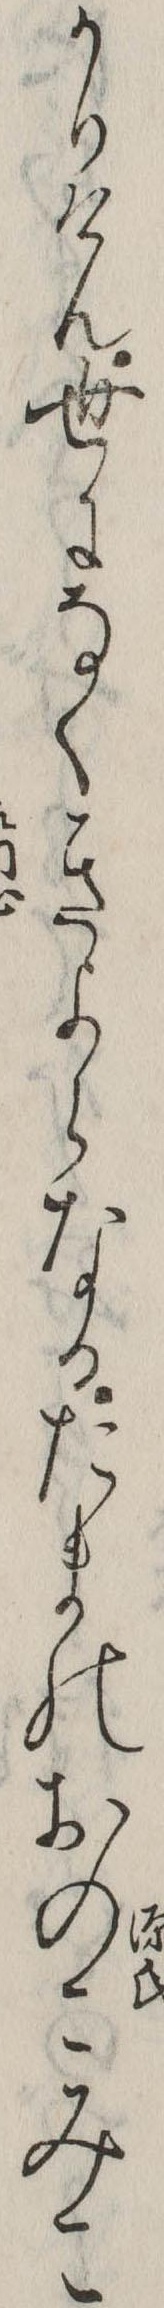
かりけん世になくきよらなるたまのおのこみこ